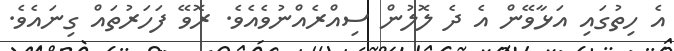
އެ ހިތުގައި އަޅާވޭން އެ ދެ ލޮލުން ސިއްރެއްނުވެއެވެ. ރޮވޭ ފަހަރުތައް ގިނައެވެ.